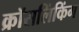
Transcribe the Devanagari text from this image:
क्रॉसलिंकिंग